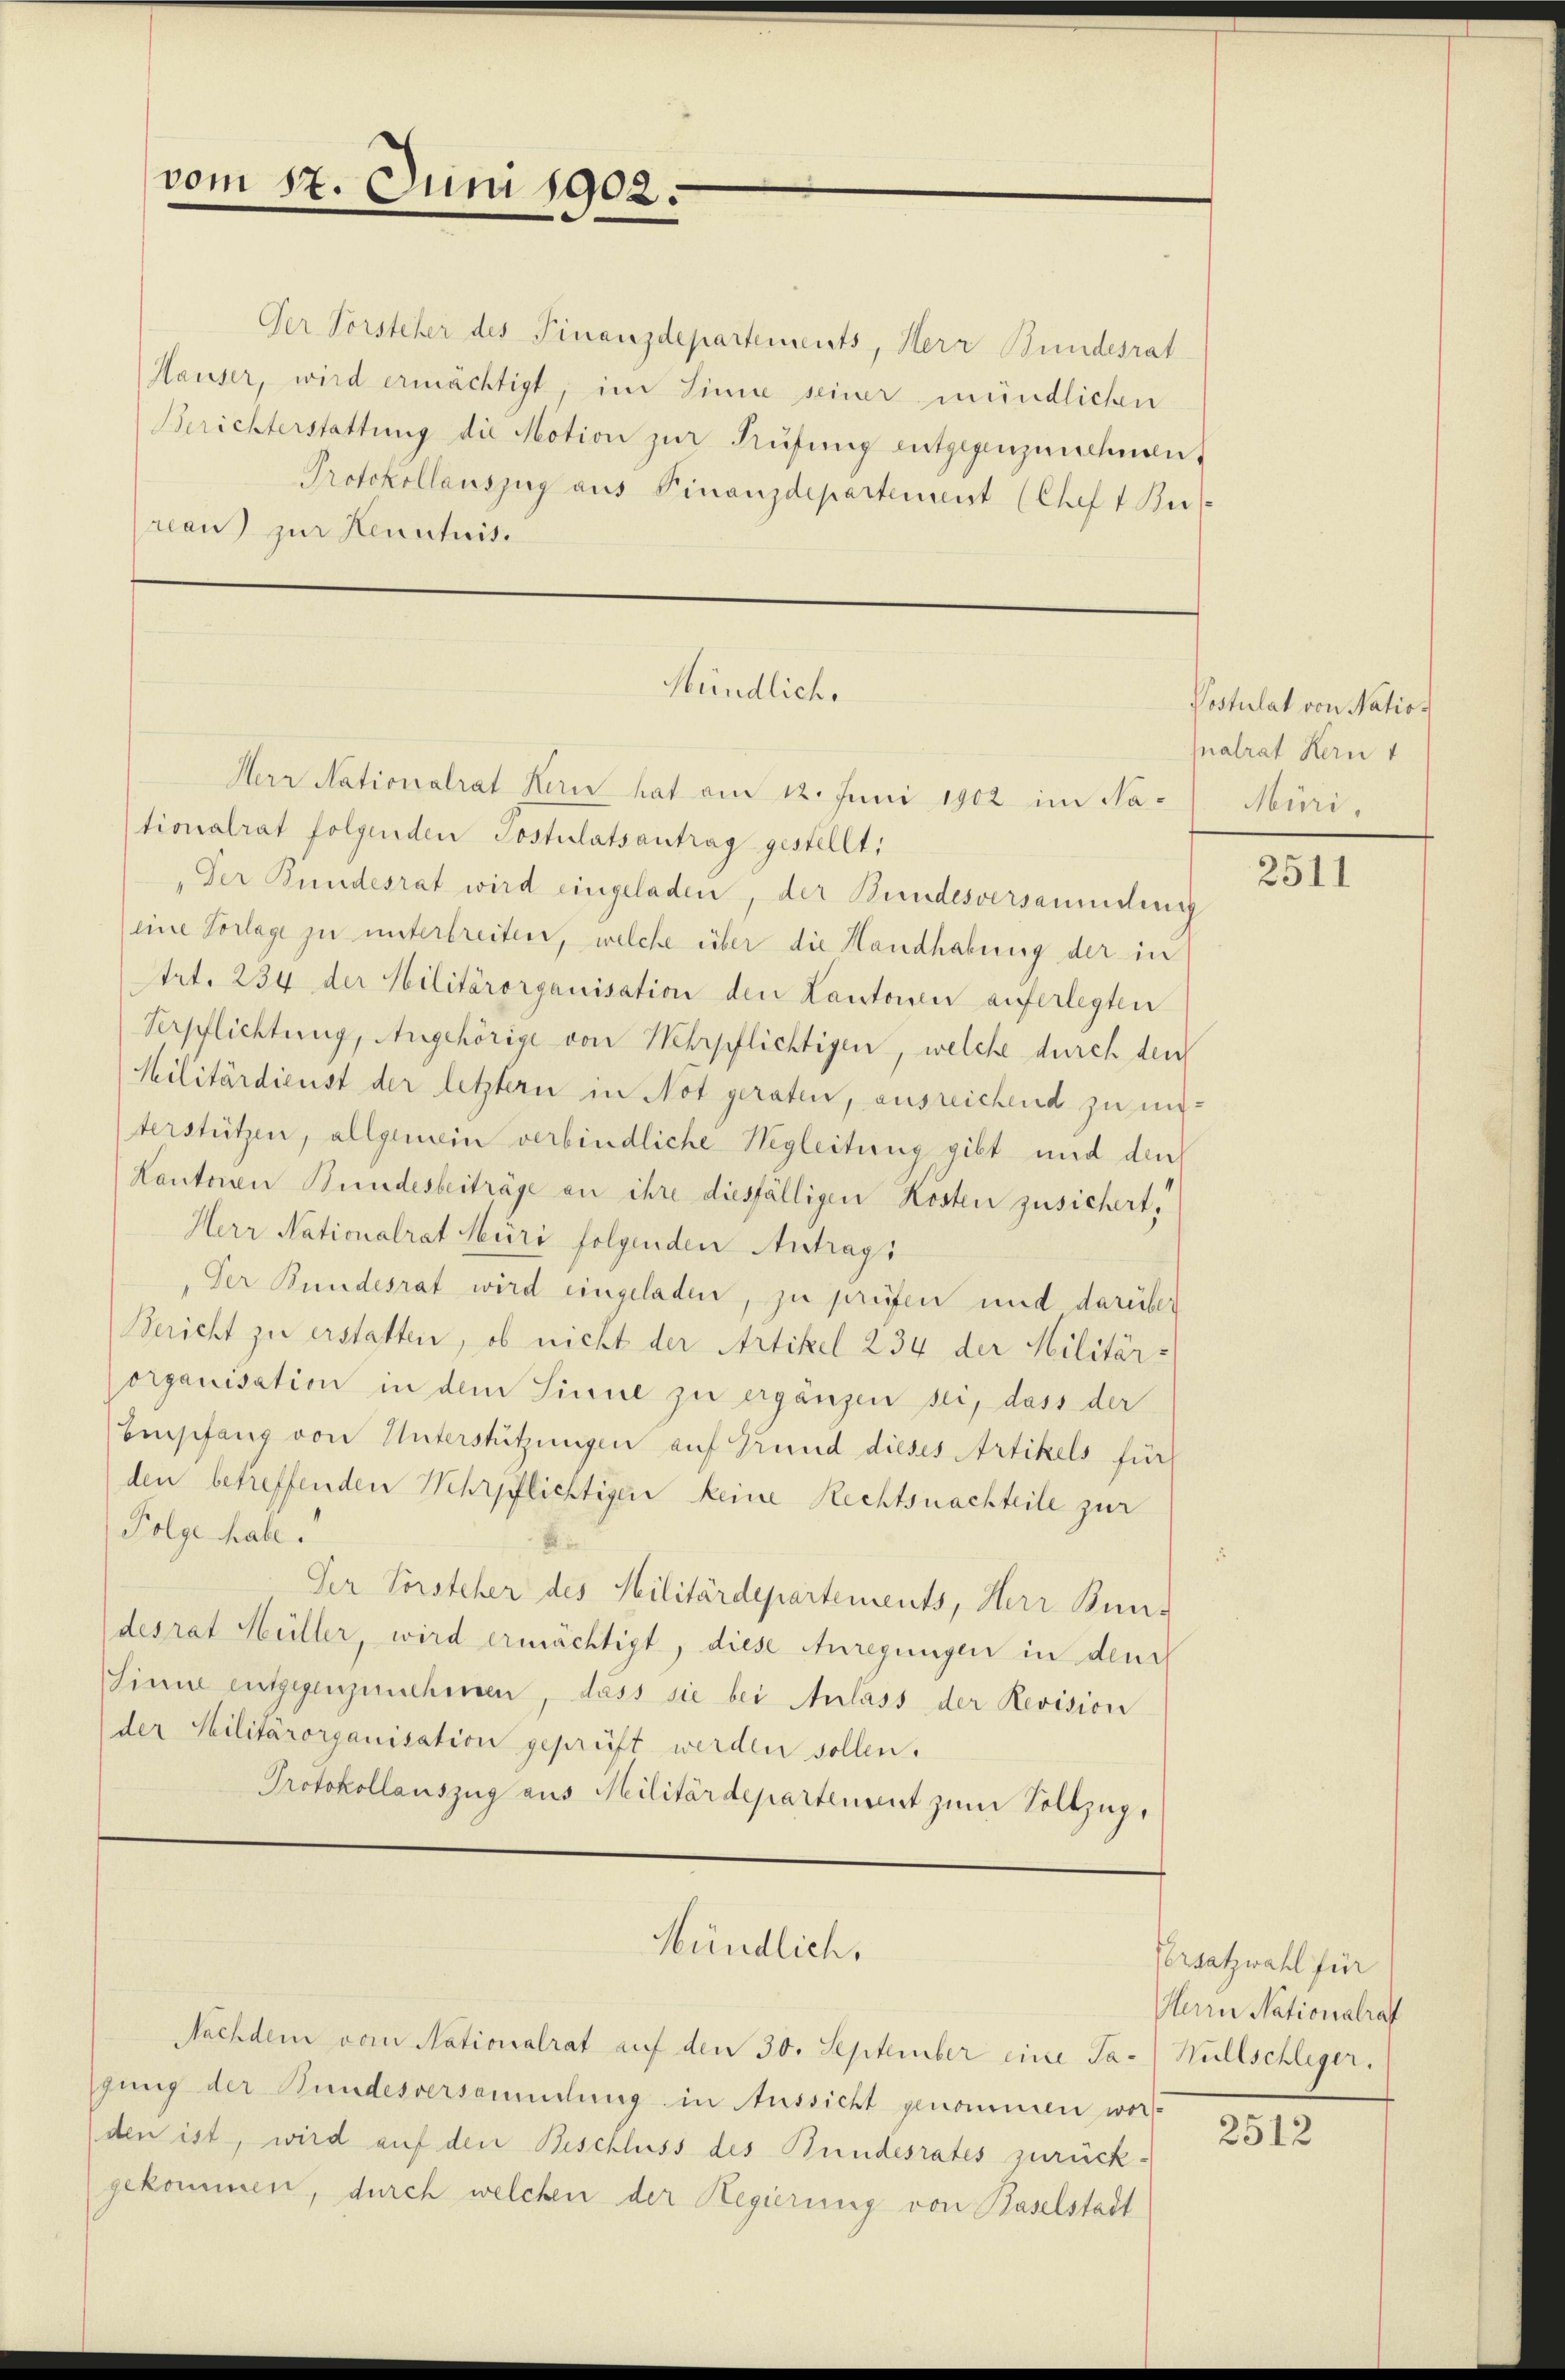
vom 17. Juni 1902.

Der Vorsteher des Finanzdepartements, Herr Bundesrat
Hauser, wird ermächtigt, im Sinne seiner mündlichen
Berichterstattung die Motion zŭr Rŭfŭng entgegenzunehmen
Protokollauszug aus Finanzdepartement (Chef t Bus
reau zur Kenntnis.

Mündlich.
Herr Nationalrat Hern hat am 12. Juni 1902 im Na¬

tionalrat folgenden Postulatsantrag gestellt,
Der Bundesrat wird eingeladen, der Bundesversammlung
eine Vorlage zu unterbreiten, welche über die Handhabung der in
trt. 234 der Militärorganisation den Kantonen auferlegten
Verpflichtung, Angehörige von Wehrpflichtigen, welche durch den
Militärdienst der letztern in Not geraten, ausreichend zu unterstützen, allgemein verbindliche Wegleitung gibt und der
Kantonen Bundesbeiträge an ihre diesfälligen Kosten zusichert,
Herr Nationalrat Müri folgenden Antrags
Der Bundesrat wird eingeladen, zu prüfen und darüber
Bericht zu erstatten, ob nicht der Artikel 234 der Militär-
organisation in dem Sinne zu erganzen sei, dass der
Empfang von Unterstützungen auf Grund dieses Artikels für
den betreffenden Wehrpflichtigen keine Rechtsnachteile zur
Folge habe.
Der Vorsteher des Militärdepartements, Herr Bun-
desrat Hüller, wird ermächtigt, diese Anregungen in den
Sinne entgegenzunehmen, dass sie bei Anlass der Revision
der Militärorganisation geprüft werden sollen.
Protokollauszug aus Militärdepartement zum Vollzug.

Nachdem vom Nationalrat auf den 30. September eine Sagung der Bundesversammlung in Aussicht genommen wer-
den ist, wird auf den Beschluss des Bundesrates zurück-
gekommen, durch welchen der Regierung von Baselstadt

Mündlich,

Postulat von Natio
nalrat Hern 1
Müri.

orsatzwahl für
Herrn Nationalraf
Nullschleger.

2512

2511